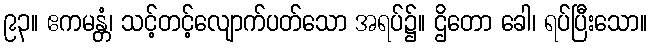
၉၃။ ဧကမန္တံ၊ သင့်တင့်လျောက်ပတ်သော အရပ်၌။ ဌိတော ခေါ၊ ရပ်ပြီးသော။